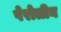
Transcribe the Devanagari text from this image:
पेरोलीन